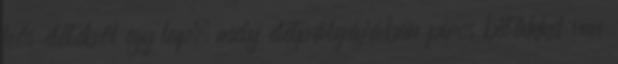
hős életéből egy lap, mely életpályájában piros betűkkel van